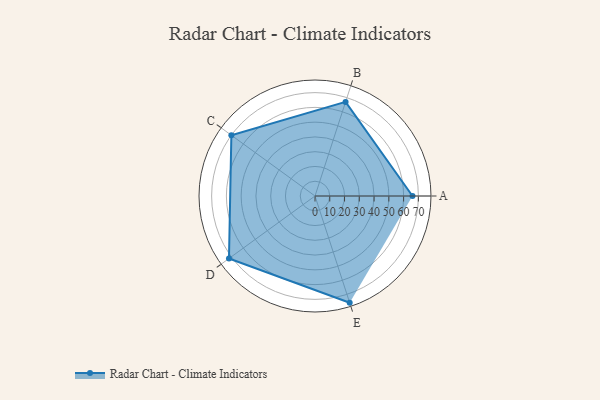
{"axis": {"x": "Skill", "y": "Score"}, "legend": ["Profile"], "data": [{"x": "A", "y": 66.0, "type": "Profile"}, {"x": "B", "y": 67.0, "type": "Profile"}, {"x": "C", "y": 70.0, "type": "Profile"}, {"x": "D", "y": 72.0, "type": "Profile"}, {"x": "E", "y": 76.0, "type": "Profile"}]}